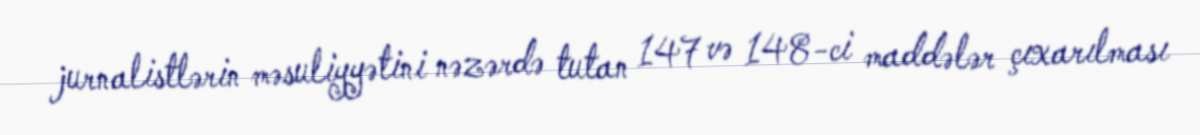
jurnalistlərin məsuliyyətini nəzərdə tutan 147 və 148-ci maddələr çıxarılması